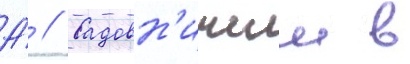
А́ // Садовн'ичии в